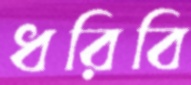
ধরিবি